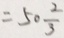
= 5 0 \frac { 2 } { 3 }